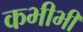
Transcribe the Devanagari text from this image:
कभीभी